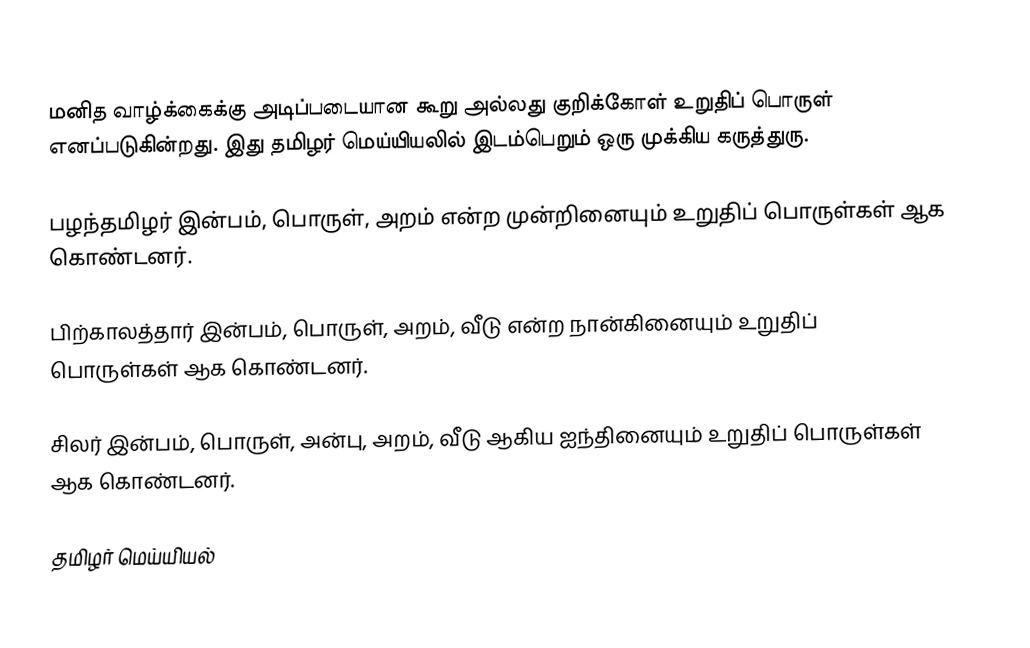
மனித வாழ்க்கைக்கு அடிப்படையான கூறு அல்லது குறிக்கோள் உறுதிப் பொருள் எனப்படுகின்றது.  இது தமிழர் மெய்யியலில் இடம்பெறும் ஒரு முக்கிய கருத்துரு.

பழந்தமிழர் இன்பம், பொருள், அறம் என்ற முன்றினையும் உறுதிப் பொருள்கள் ஆக கொண்டனர்.

பிற்காலத்தார் இன்பம், பொருள், அறம், வீடு என்ற நான்கினையும் உறுதிப் பொருள்கள் ஆக கொண்டனர்.

சிலர் இன்பம், பொருள், அன்பு, அறம், வீடு ஆகிய ஐந்தினையும் உறுதிப் பொருள்கள் ஆக கொண்டனர்.

தமிழர் மெய்யியல்